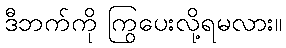
ဒီဘက်ကို ကြွပေးလို့ရမလား။